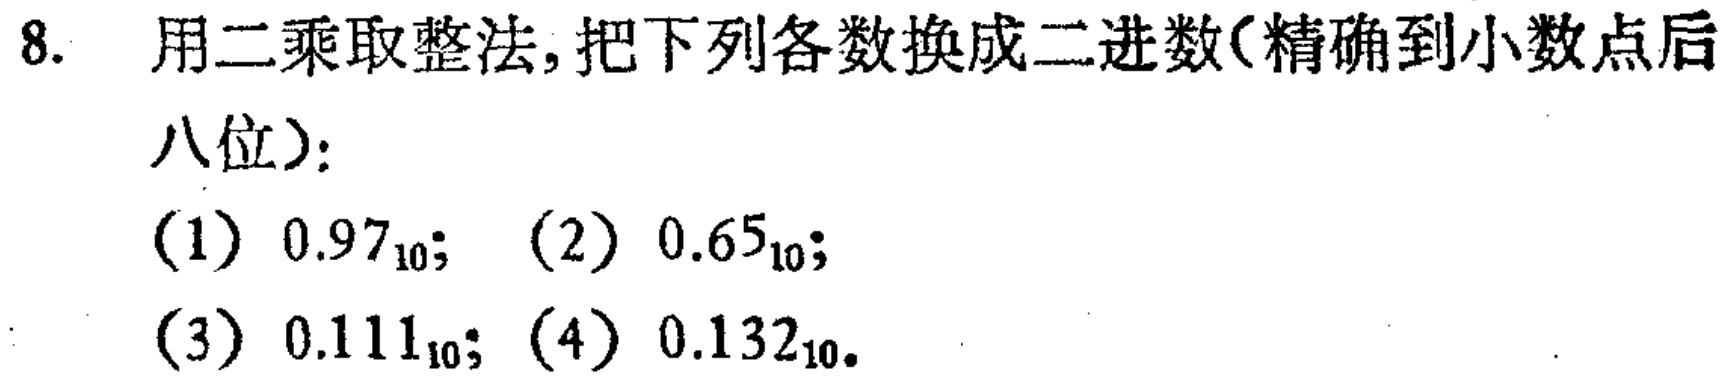
8. 用二乘取整法, 把下列各数换成二进数(精确到小数点后八位):

(1) \(0.97_{10}\); (2) \(0.65_{10}\);

(3) \(0.111_{10}\); (4) \(0.132_{10}\).